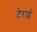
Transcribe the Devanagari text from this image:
टेराई